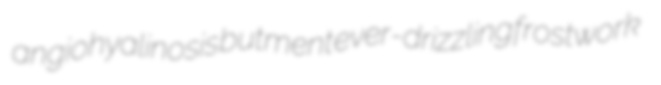
angiohyalinosis butment ever-drizzling frostwork